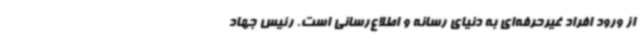
از ورود افراد غیرحرفه‌ای به دنیای رسانه و اطلاع‌رسانی است. رئیس جهاد